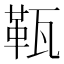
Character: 𤭫